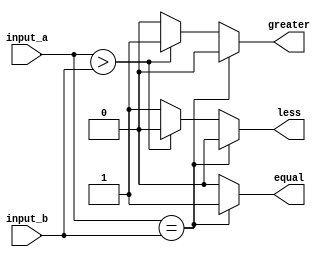
module parameterized_comparator #(parameter N = 8) (
    input  wire [N-1:0] input_a,   // N-bit input A
    input  wire [N-1:0] input_b,   // N-bit input B
    output reg  equal,              // Output: equal signal
    output reg  greater,            // Output: greater signal
    output reg  less                // Output: less signal
);

// Always block to compare inputs
always @ (input_a or input_b) begin
    // Default output values
    equal = 1'b0;
    greater = 1'b0;
    less = 1'b0;

    // Compare the two inputs
    if (input_a == input_b) begin
        equal = 1'b1;
    end else if (input_a > input_b) begin
        greater = 1'b1;
    end else begin
        less = 1'b1;
    end
end

endmodule